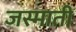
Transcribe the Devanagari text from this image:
जस्माती